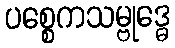
ပစ္စေကသမ္ဗုဒ္ဓေ